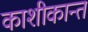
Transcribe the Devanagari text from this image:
काशीकान्त